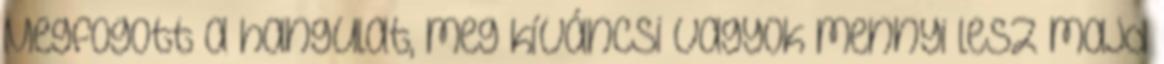
Megfogott a hangulat, meg kíváncsi vagyok mennyi lesz majd